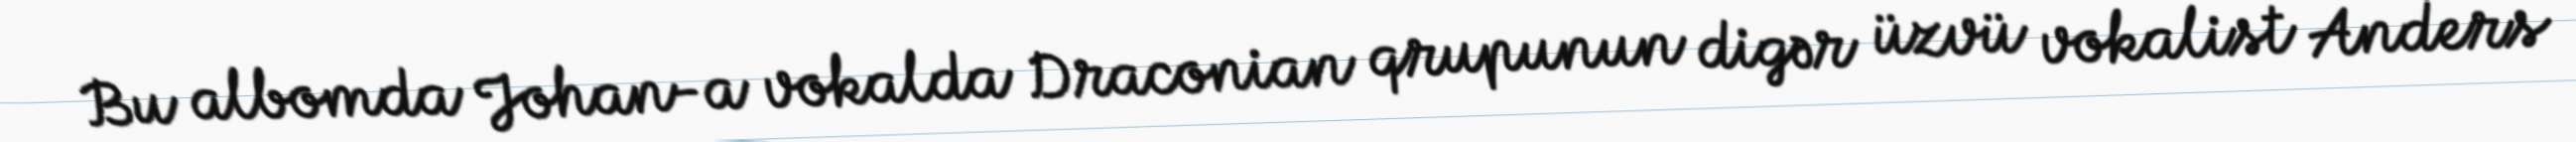
Bu albomda Johan-a vokalda Draconian qrupunun digər üzvü vokalist Anders